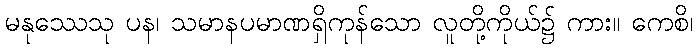
မနုဿေသု ပန၊ သမာနပမာဏရှိကုန်သော လူတို့ကိုယ်၌ ကား။ ကေစိ၊